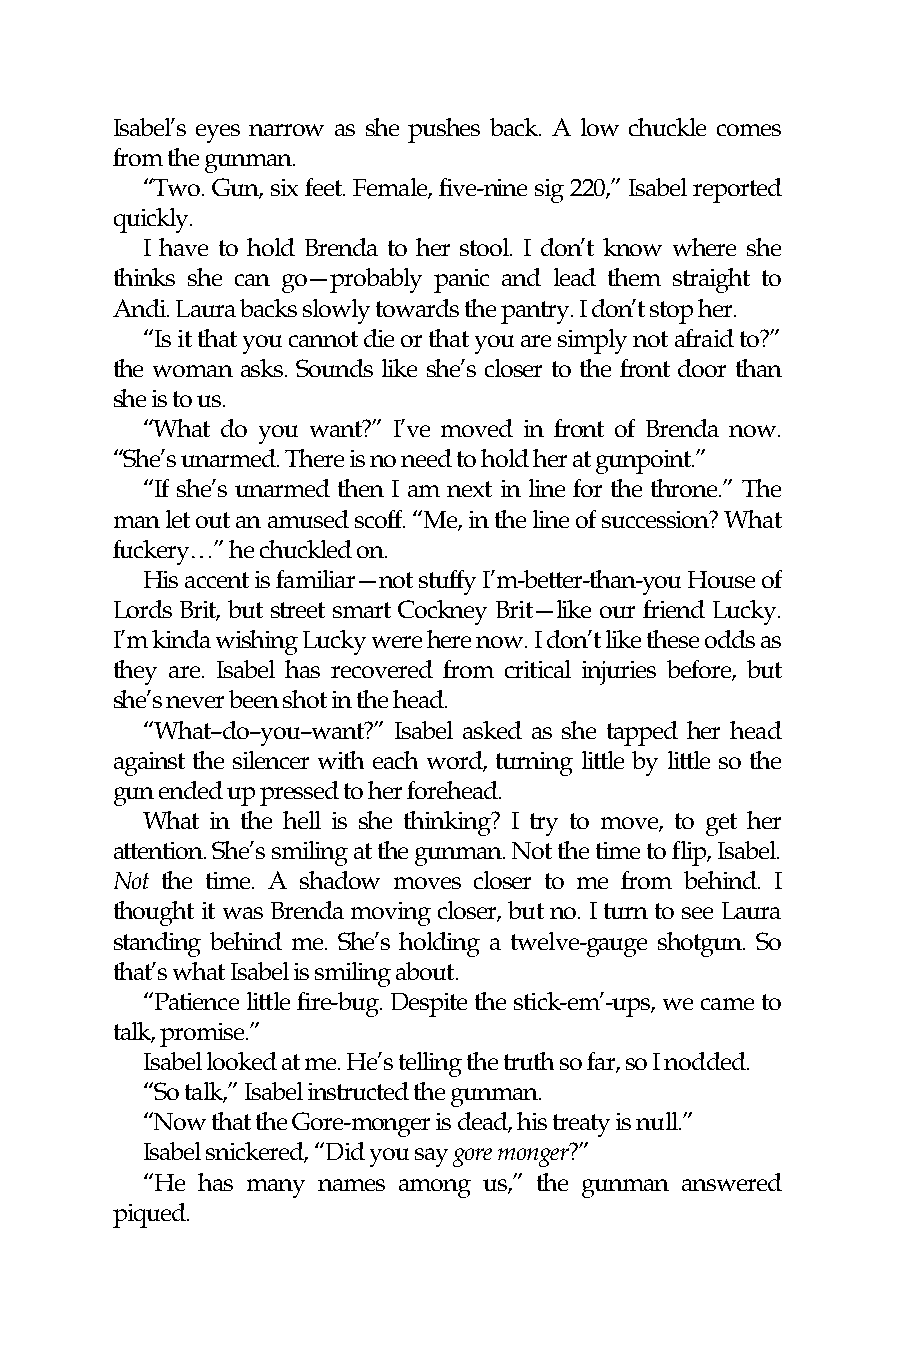
Isabel’s eyes narrow as she pushes back. A low chuckle comes
 from the gunman.
 “Two. Gun, six feet. Female, five-nine sig 220,” Isabel reported
 quickly.
 I have to hold Brenda to her stool. I don’t know where she
 thinks she can go—probably panic and lead them straight to
 Andi. Laura backs slowly towards the pantry. I don’t stop her.
 “Is it that you cannot die or that you are simply not afraid to?”
 the woman asks. Sounds like she’s closer to the front door than
 she is to us.
 “What do you want?” I’ve moved in front of Brenda now.
 “She’s unarmed. There is no need to hold her at gunpoint.”
 “If she’s unarmed then I am next in line for the throne.” The
 man let out an amused scoff. “Me, in the line of succession? What
 fuckery…” he chuckled on.
 His accent is familiar—not stuffy I’m-better-than-you House of
 Lords Brit, but street smart Cockney Brit—like our friend Lucky.
 I’m kinda wishing Lucky were here now. I don’t like these odds as
 they are. Isabel has recovered from critical injuries before, but
 she’s never been shot in the head.
 “What–do–you–want?” Isabel asked as she tapped her head
 against the silencer with each word, turning little by little so the
 gun ended up pressed to her forehead.
 What in the hell is she thinking? I try to move, to get her
 attention. She’s smiling at the gunman. Not the time to flip, Isabel.
 Not the time. A shadow moves closer to me from behind. I
 thought it was Brenda moving closer, but no. I turn to see Laura
 standing behind me. She’s holding a twelve-gauge shotgun. So
 that’s what Isabel is smiling about.
 “Patience little fire-bug. Despite the stick-em’-ups, we came to
 talk, promise.”
 Isabel looked at me. He’s telling the truth so far, so I nodded.
 “So talk,” Isabel instructed the gunman.
 “Now that the Gore-monger is dead, his treaty is null.”
 Isabel snickered, “Did you say gore monger?”
 “He has many names among us,” the gunman answered
 piqued.